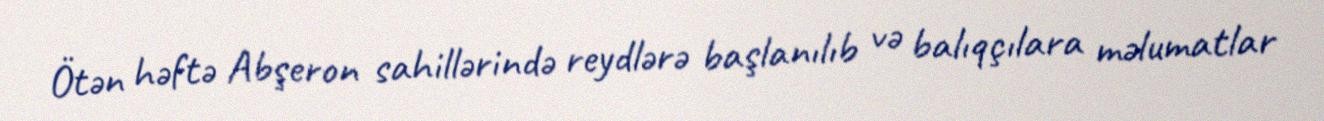
Ötən həftə Abşeron sahillərində reydlərə başlanılıb və balıqçılara məlumatlar